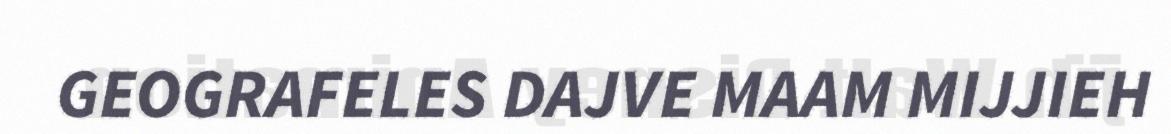
GEOGRAFELES DAJVE MAAM MIJJIEH